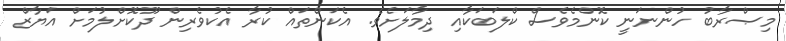
މިޞްރާބު ހުންނަނީ ކޮންމެވެސް ކްލަބަކާއި ދިމާލަށެވެ. އެކަންތައް ކުރާ އެކުވެރިން ދޫކޮށްލުމަށް އަޔާޒް